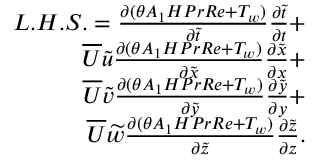
\begin{array} { r } { L . H . S . = { \frac { \partial ( \theta A _ { 1 } H P r R e + T _ { w } ) } { \partial \widetilde { t } } } { \frac { \partial \widetilde { t } } { \partial t } } + } \\ { \overline { { U } } \widetilde { u } { \frac { \partial ( \theta A _ { 1 } H P r R e + T _ { w } ) } { \partial \widetilde { x } } } { \frac { \partial \widetilde { x } } { \partial x } } + } \\ { \overline { { U } } \widetilde { v } { \frac { \partial ( \theta A _ { 1 } H P r R e + T _ { w } ) } { \partial \widetilde { y } } } { \frac { \partial \widetilde { y } } { \partial y } } + } \\ { \overline { { U } } \widetilde { w } { \frac { \partial ( \theta A _ { 1 } H P r R e + T _ { w } ) } { \partial \widetilde { z } } } { \frac { \partial \widetilde { z } } { \partial z } } . } \end{array}